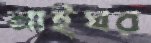
নাইঘর